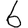
Digit: 6